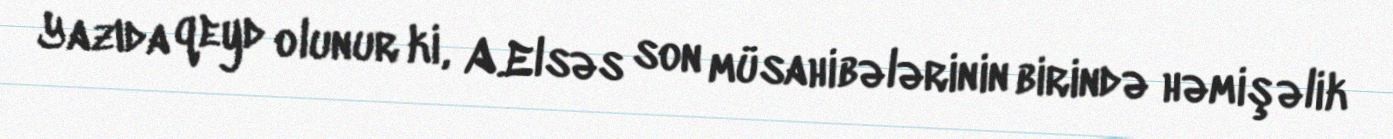
Yazıda qeyd olunur ki, A.Elsəs son müsahibələrinin birində həmişəlik